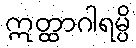
ဣတ္ထာဂါရမ္ပိ